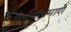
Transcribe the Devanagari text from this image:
किल्यांप्रमाणे